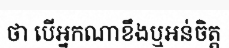
ថា បើអ្នកណាខឹងឬអន់ចិត្ត